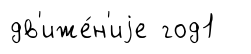
дв'иже́н'иjе год1